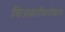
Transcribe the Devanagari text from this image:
चित्रकारीबरोबरच